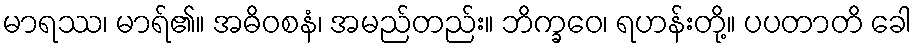
မာရဿ၊ မာရ်၏။ အဓိဝစနံ၊ အမည်တည်း။ ဘိက္ခဝေ၊ ရဟန်းတို့။ ပပတာတိ ခေါ